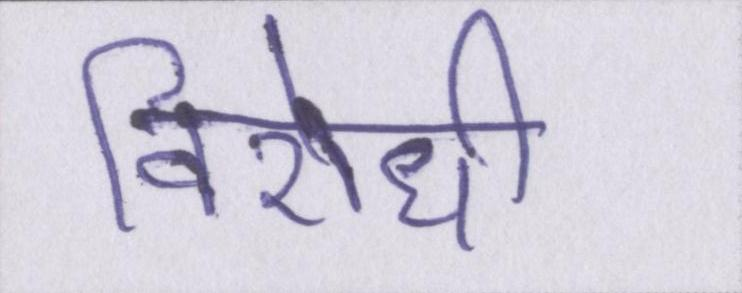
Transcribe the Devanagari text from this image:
विरोधी